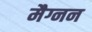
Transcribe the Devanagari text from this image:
मैग्नन